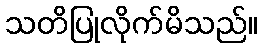
သတိပြုလိုက်မိသည်။